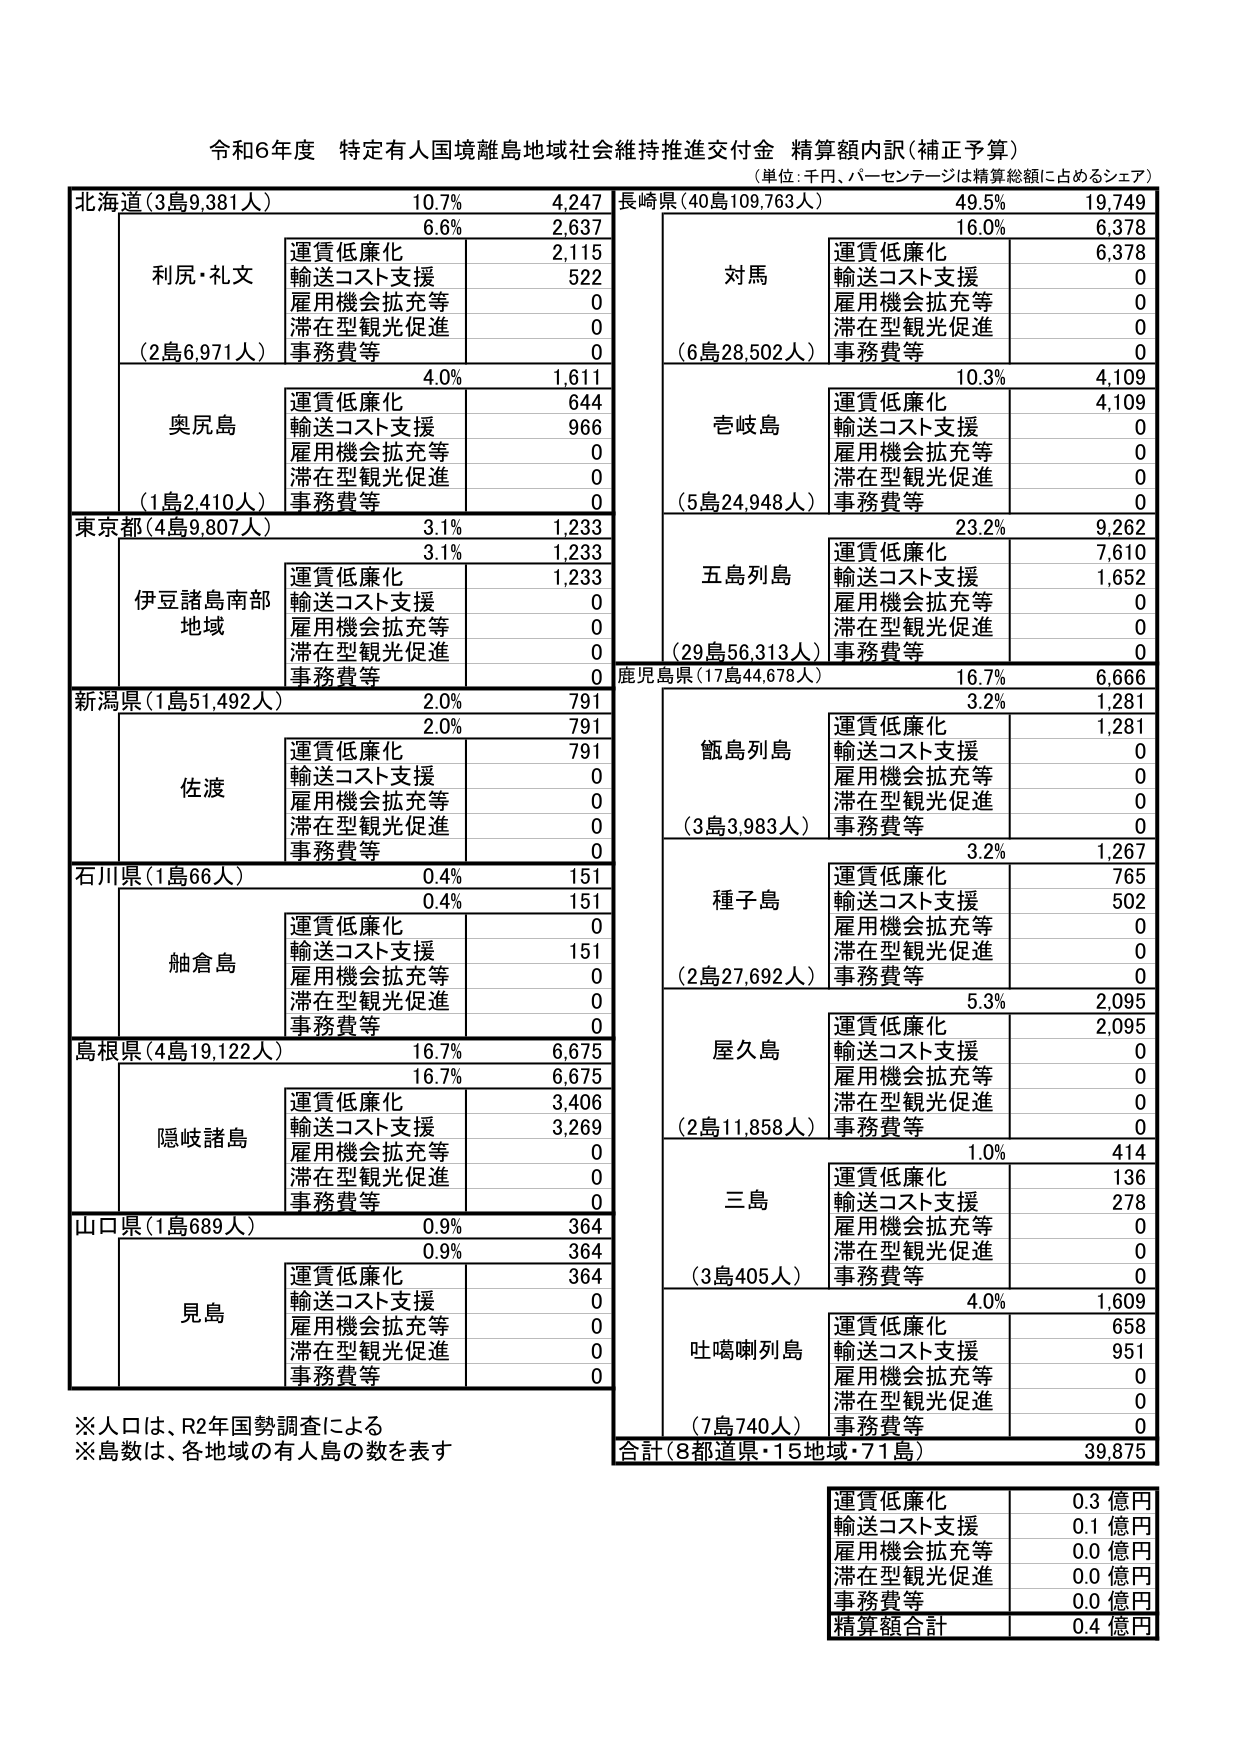
令和6年度 特定有人国境離島地域社会維持推進交付金 精算額内訳（補正予算）
（単位：千円、パーセンテージは精算総額に占めるシェア）

北海道（3島9,381人） 10.7% 4,247
　　6.6% 2,637
　　　　利尻・礼文
　　　　　　運賃低廉化 2,115
　　　　　　輸送コスト支援 522
　　　　　　雇用機会拡充等 0
　　　　　　滞在型観光促進 0
　　　　　　事務費等 0
　　　　（2島6,971人）
　　　　4.0% 1,611
　　　　　　奥尻島
　　　　　　　　運賃低廉化 644
　　　　　　　　輸送コスト支援 966
　　　　　　　　雇用機会拡充等 0
　　　　　　　　滞在型観光促進 0
　　　　　　　　事務費等 0
　　　　（1島2,410人）

東京都（4島9,807人） 3.1% 1,233
　　3.1% 1,233
　　　　伊豆諸島南部地域
　　　　　　運賃低廉化 1,233
　　　　　　輸送コスト支援 0
　　　　　　雇用機会拡充等 0
　　　　　　滞在型観光促進 0
　　　　　　事務費等 0

新潟県（1島51,492人） 2.0% 791
　　2.0% 791
　　　　佐渡
　　　　　　運賃低廉化 791
　　　　　　輸送コスト支援 0
　　　　　　雇用機会拡充等 0
　　　　　　滞在型観光促進 0
　　　　　　事務費等 0

石川県（1島66人） 0.4% 151
　　0.4% 151
　　　　舳倉島
　　　　　　運賃低廉化 0
　　　　　　輸送コスト支援 151
　　　　　　雇用機会拡充等 0
　　　　　　滞在型観光促進 0
　　　　　　事務費等 0

島根県（4島19,122人） 16.7% 6,675
　　16.7% 6,675
　　　　隠岐諸島
　　　　　　運賃低廉化 3,406
　　　　　　輸送コスト支援 3,269
　　　　　　雇用機会拡充等 0
　　　　　　滞在型観光促進 0
　　　　　　事務費等 0

山口県（1島689人） 0.9% 364
　　0.9% 364
　　　　見島
　　　　　　運賃低廉化 364
　　　　　　輸送コスト支援 0
　　　　　　雇用機会拡充等 0
　　　　　　滞在型観光促進 0
　　　　　　事務費等 0

長崎県（40島109,763人） 49.5% 19,749
　　16.0% 6,378
　　　　対馬
　　　　　　運賃低廉化 6,378
　　　　　　輸送コスト支援 0
　　　　　　雇用機会拡充等 0
　　　　　　滞在型観光促進 0
　　　　　　事務費等 0
　　　　（6島28,502人）
　　　　10.3% 4,109
　　　　　　壱岐島
　　　　　　　　運賃低廉化 4,109
　　　　　　　　輸送コスト支援 0
　　　　　　　　雇用機会拡充等 0
　　　　　　　　滞在型観光促進 0
　　　　　　　　事務費等 0
　　　　（5島24,948人）
　　　　23.2% 9,262
　　　　　　五島列島
　　　　　　　　運賃低廉化 7,610
　　　　　　　　輸送コスト支援 1,652
　　　　　　　　雇用機会拡充等 0
　　　　　　　　滞在型観光促進 0
　　　　　　　　事務費等 0
　　　　（29島56,313人）

鹿児島県（17島44,678人） 16.7% 6,666
　　3.2% 1,281
　　　　甑島列島
　　　　　　運賃低廉化 1,281
　　　　　　輸送コスト支援 0
　　　　　　雇用機会拡充等 0
　　　　　　滞在型観光促進 0
　　　　　　事務費等 0
　　　　（3島3,983人）
　　　　3.2% 1,267
　　　　　　種子島
　　　　　　　　運賃低廉化 765
　　　　　　　　輸送コスト支援 502
　　　　　　　　雇用機会拡充等 0
　　　　　　　　滞在型観光促進 0
　　　　　　　　事務費等 0
　　　　（2島27,692人）
　　　　5.3% 2,095
　　　　　　屋久島
　　　　　　　　運賃低廉化 2,095
　　　　　　　　輸送コスト支援 0
　　　　　　　　雇用機会拡充等 0
　　　　　　　　滞在型観光促進 0
　　　　　　　　事務費等 0
　　　　（2島11,858人）
　　　　1.0% 414
　　　　　　三島
　　　　　　　　運賃低廉化 136
　　　　　　　　輸送コスト支援 278
　　　　　　　　雇用機会拡充等 0
　　　　　　　　滞在型観光促進 0
　　　　　　　　事務費等 0
　　　　（3島405人）
　　　　4.0% 1,609
　　　　　　吐噶喇列島
　　　　　　　　運賃低廉化 658
　　　　　　　　輸送コスト支援 951
　　　　　　　　雇用機会拡充等 0
　　　　　　　　滞在型観光促進 0
　　　　　　　　事務費等 0
　　　　（7島740人）

合計（8都道県・15地域・71島） 39,875

※人口は、R2年国勢調査による
※島数は、各地域の有人島の数を表す

運賃低廉化 0.3 億円
輸送コスト支援 0.1 億円
雇用機会拡充等 0.0 億円
滞在型観光促進 0.0 億円
事務費等 0.0 億円
精算額合計 0.4 億円